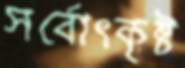
সর্বোৎকৃষ্ট